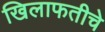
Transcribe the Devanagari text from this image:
खिलाफतीचे